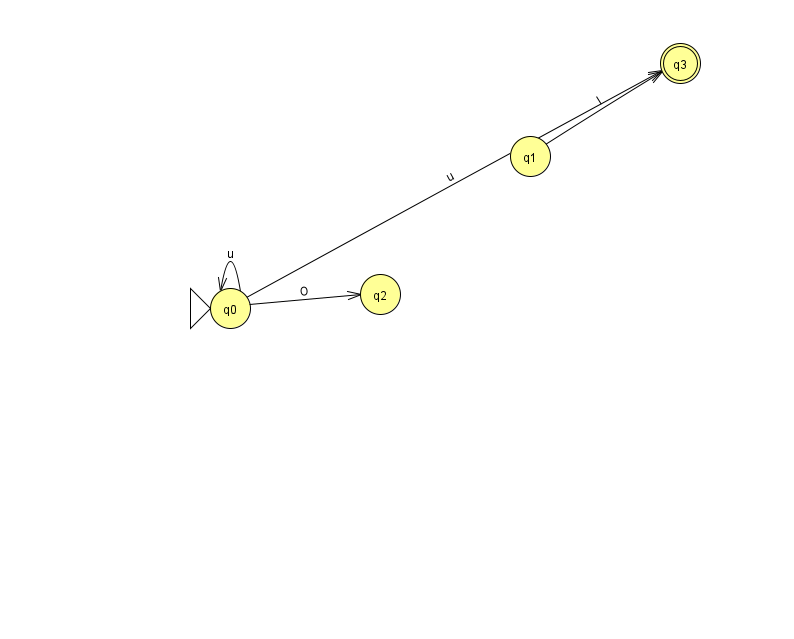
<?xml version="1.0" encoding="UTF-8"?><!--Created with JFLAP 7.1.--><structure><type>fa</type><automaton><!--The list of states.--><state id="0" name="q0"><x>230.0</x><y>295.0</y><initial/></state><state id="1" name="q1"><x>530.0</x><y>143.0</y></state><state id="2" name="q2"><x>380.0</x><y>281.0</y></state><state id="3" name="q3"><x>680.0</x><y>50.0</y><final/></state><!--The list of transitions.--><transition><from>1</from><to>3</to><read>I</read></transition><transition><from>0</from><to>3</to><read>u</read></transition><transition><from>0</from><to>2</to><read>O</read></transition><transition><from>0</from><to>0</to><read>u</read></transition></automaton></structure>